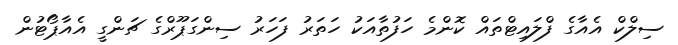
ސިލްކް އެއާގެ ފްލައިޓްތައް ކޮންމެ ހަފުތާއަކު ހަތަރު ފަހަރު ސިންގަޕޫރްގެ ޗަންގީ އެއާޕޯޓުން